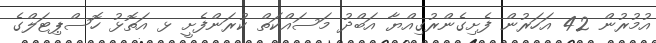
އުމުރުން 42 އަހަރުން ފެށިގެންރުގިއްޔާ އަބްދު މަސައްކަތް ކުރަންފެށީ ޅ އަތޮޅު ހޮސްޕިޓަލްގެ